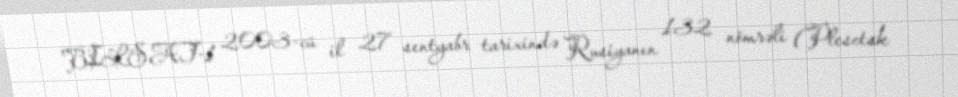
BILSAT-1 2003-cü il 27 sentyabr tarixində Rusiyanın 132 nömrəli (Plesetsk